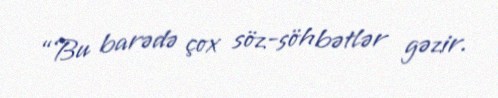
“Bu barədə çox söz-söhbətlər gəzir.